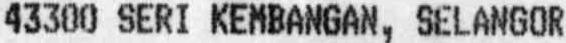
43300 SERI KEMBANGAN, SELANGOR